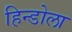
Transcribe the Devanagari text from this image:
हिन्डोला